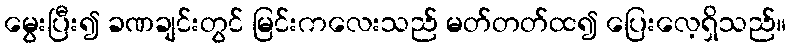
မွေးပြီး၍ ခဏချင်းတွင် မြင်းကလေးသည် မတ်တတ်ထ၍ ပြေးလေ့ရှိသည်။